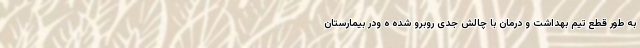
به طور قطع تیم بهداشت و درمان با چالش جدی روبرو شده ه ودر بیمارستان